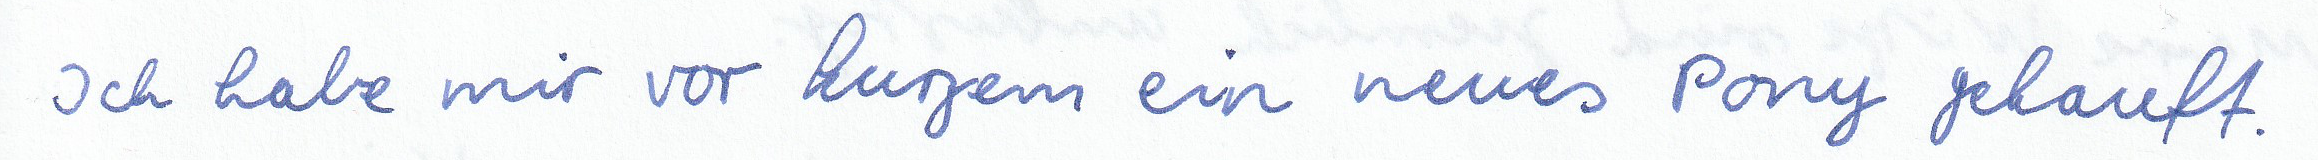
Ich habe mir vor kurzem ein neues Pony gekauft.